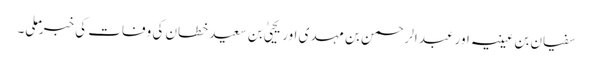
سفیان بن عیینہ اور عبد الرحمن بن مہدی اور یحییٰ بن سعید خطان کی وفات کی خبر ملی۔